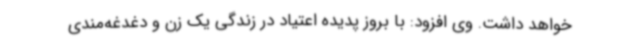
خواهد داشت. وی افزود: با بروز پدیده اعتیاد در زندگی یک زن و دغدغه‌مندی